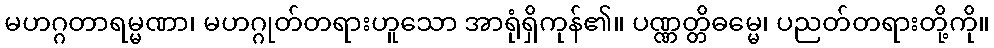
မဟဂ္ဂတာရမ္မဏာ၊ မဟဂ္ဂုတ်တရားဟူသော အာရုံရှိကုန်၏။ ပဏ္ဏတ္တိဓမ္မေ၊ ပညတ်တရားတို့ကို။